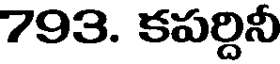
793. కపర్దినీ